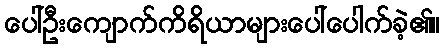
ပေါ်ဦးကျောက်ကိရိယာများပေါ်ပေါက်ခဲ့၏။